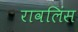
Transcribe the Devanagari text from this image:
रावलिंस